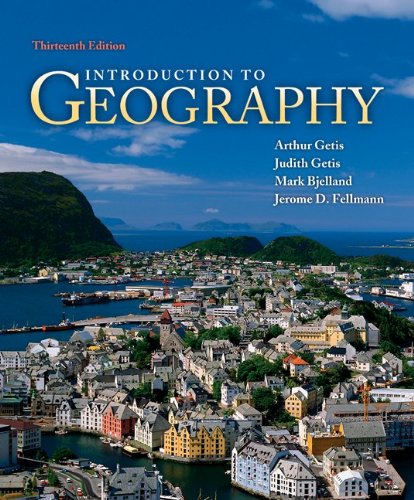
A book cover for Introduction to Geography; Arthur Getis; Science & Math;